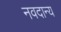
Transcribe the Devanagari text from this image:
नवदान्य